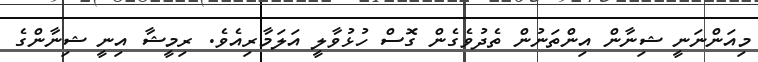
މިއަންނަނީ ޝިނާން އިންތަނުން ތެދުވެގެން ގޮސް ހުޅުވާލީ އަލަމާރިއެވެ. ރިމީޝާ އިނީ ޝިނާންގެ